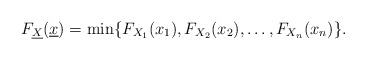
\begin{align*}F_{\underline{X}}(\underline{x}) = \min\{ F_{X_1}(x_1), F_{X_2}(x_2),\ldots, F_{X_n}(x_n) \}.\end{align*}